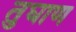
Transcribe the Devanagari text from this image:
तुघाण